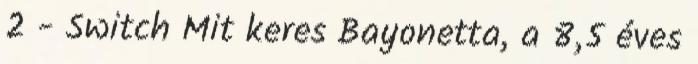
2 - Switch Mit keres Bayonetta, a 8,5 éves